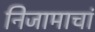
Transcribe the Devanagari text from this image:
निजामाचां